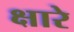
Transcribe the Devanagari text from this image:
क्षारे